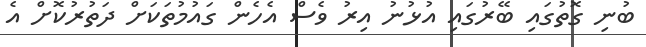
ބުނި ގޮތުގައި ބޭރުގައި އުޅުނު އިރު ވެސް އެހެން ގައުމުތަކަށް ދަތުރުކޮށް އެ